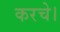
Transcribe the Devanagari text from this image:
करचे।